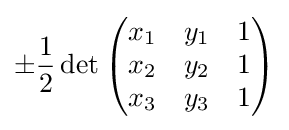
\pm {\frac {1}{2}}\det {\begin{pmatrix}x_{1}&y_{1}&1\\x_{2}&y_{2}&1\\x_{3}&y_{3}&1\end{pmatrix}}